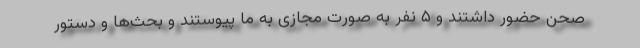
صحن حضور داشتند و ۵ نفر به صورت مجازی به ما پیوستند و بحث‌ها و دستور